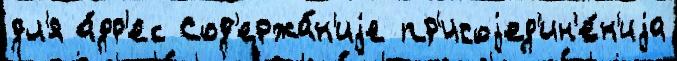
дл'я а́др'ес Сод'ержа́н'иjе пр'исоjед'ин'е́н'иjа